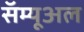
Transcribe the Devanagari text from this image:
सॅम्यूअल